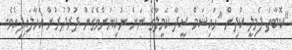
"ކޮބާތަ ފެމިލީ ކުދިން "ހައިޝަމް ސީދާ ކަމީލާގެ ނަން ނުކިޔަންވެގެން ދުރުދުރުން އަހާލައިފިއެވެ.